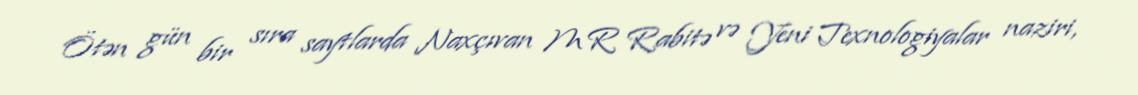
Ötən gün bir sıra saytlarda Naxçıvan MR Rabitə və Yeni Texnologiyalar naziri,